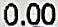
0.00